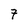
Character: 7